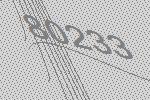
80233